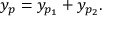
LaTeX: y _ { p } = y _ { p _ { 1 } } + y _ { p _ { 2 } } .